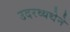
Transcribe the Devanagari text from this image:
उदरव्यथेने